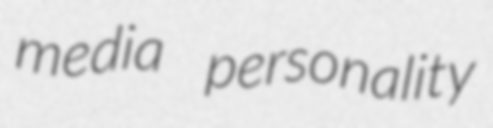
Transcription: media personality